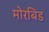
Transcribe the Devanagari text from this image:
मोरबिड